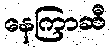
နေကြာဆီ